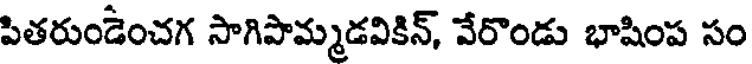
పితరుండెంచగ సాగిపామ్మడవికిన్, వేరొండు భాషింప సం